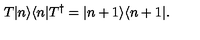
T | n \rangle \langle n | T ^ { \dagger } = | n + 1 \rangle \langle n + 1 | .